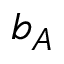
b _ { A }